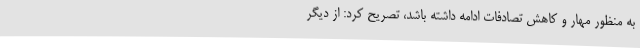
به منظور مهار و کاهش تصادفات ادامه داشته باشد، تصریح کرد: از دیگر